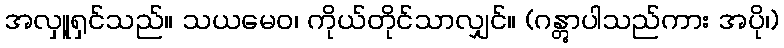
အလှူ့ရှင်သည်။ သယမေဝ၊ ကိုယ်တိုင်သာလျှင်။ (ဂန္တွာပါသည်ကား အပို၊)